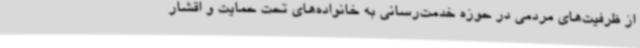
از ظرفیت‌های مردمی در حوزه خدمت‌رسانی به خانواده‌های تحت حمایت و اقشار